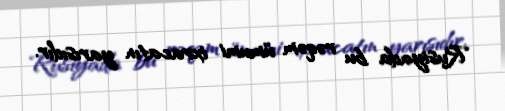
Rusiyada bu rəqəm ümumi ixracatın yarısıdır.